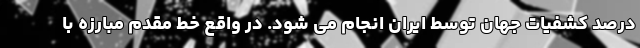
درصد کشفیات جهان توسط ایران انجام می شود. در واقع خط مقدم مبارزه با